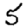
Digit: 5